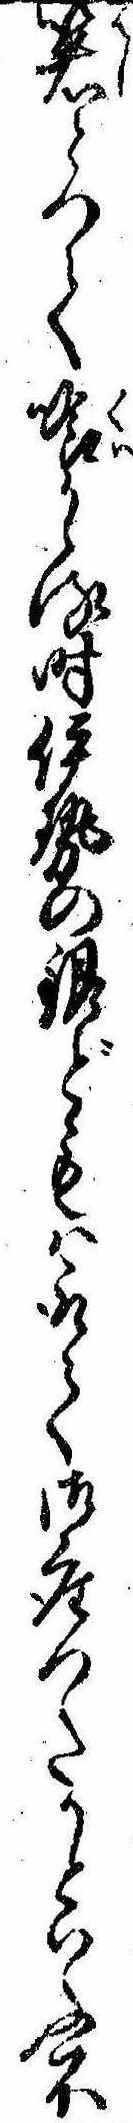
箸とつて喰かゝる時伊勢の銀どもは取て御座つたかといふ不